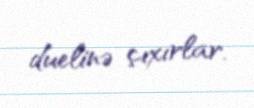
duelinə çıxırlar.